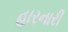
હારનારી